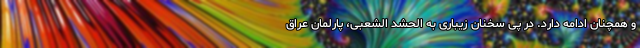
و همچنان ادامه دارد. در پی سخنان زیباری به الحشد الشعبی، پارلمان عراق